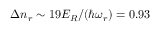
\Delta n _ { r } \sim 1 9 E _ { R } / ( \hbar \omega _ { r } ) = 0 . 9 3